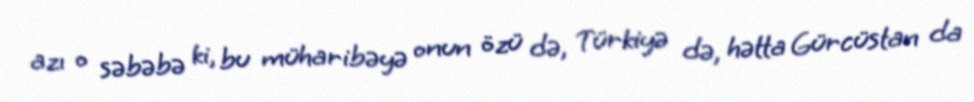
azı o səbəbə ki, bu müharibəyə onun özü də, Türkiyə də, hətta Gürcüstan da